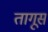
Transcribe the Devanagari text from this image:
तागूस